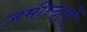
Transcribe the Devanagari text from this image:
ज़मीन्दारों